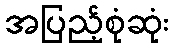
အပြည့်စုံဆုံး